65_HS1-834228961_62-HQ-83894_Serial_220
Agency: FBI
Page 6
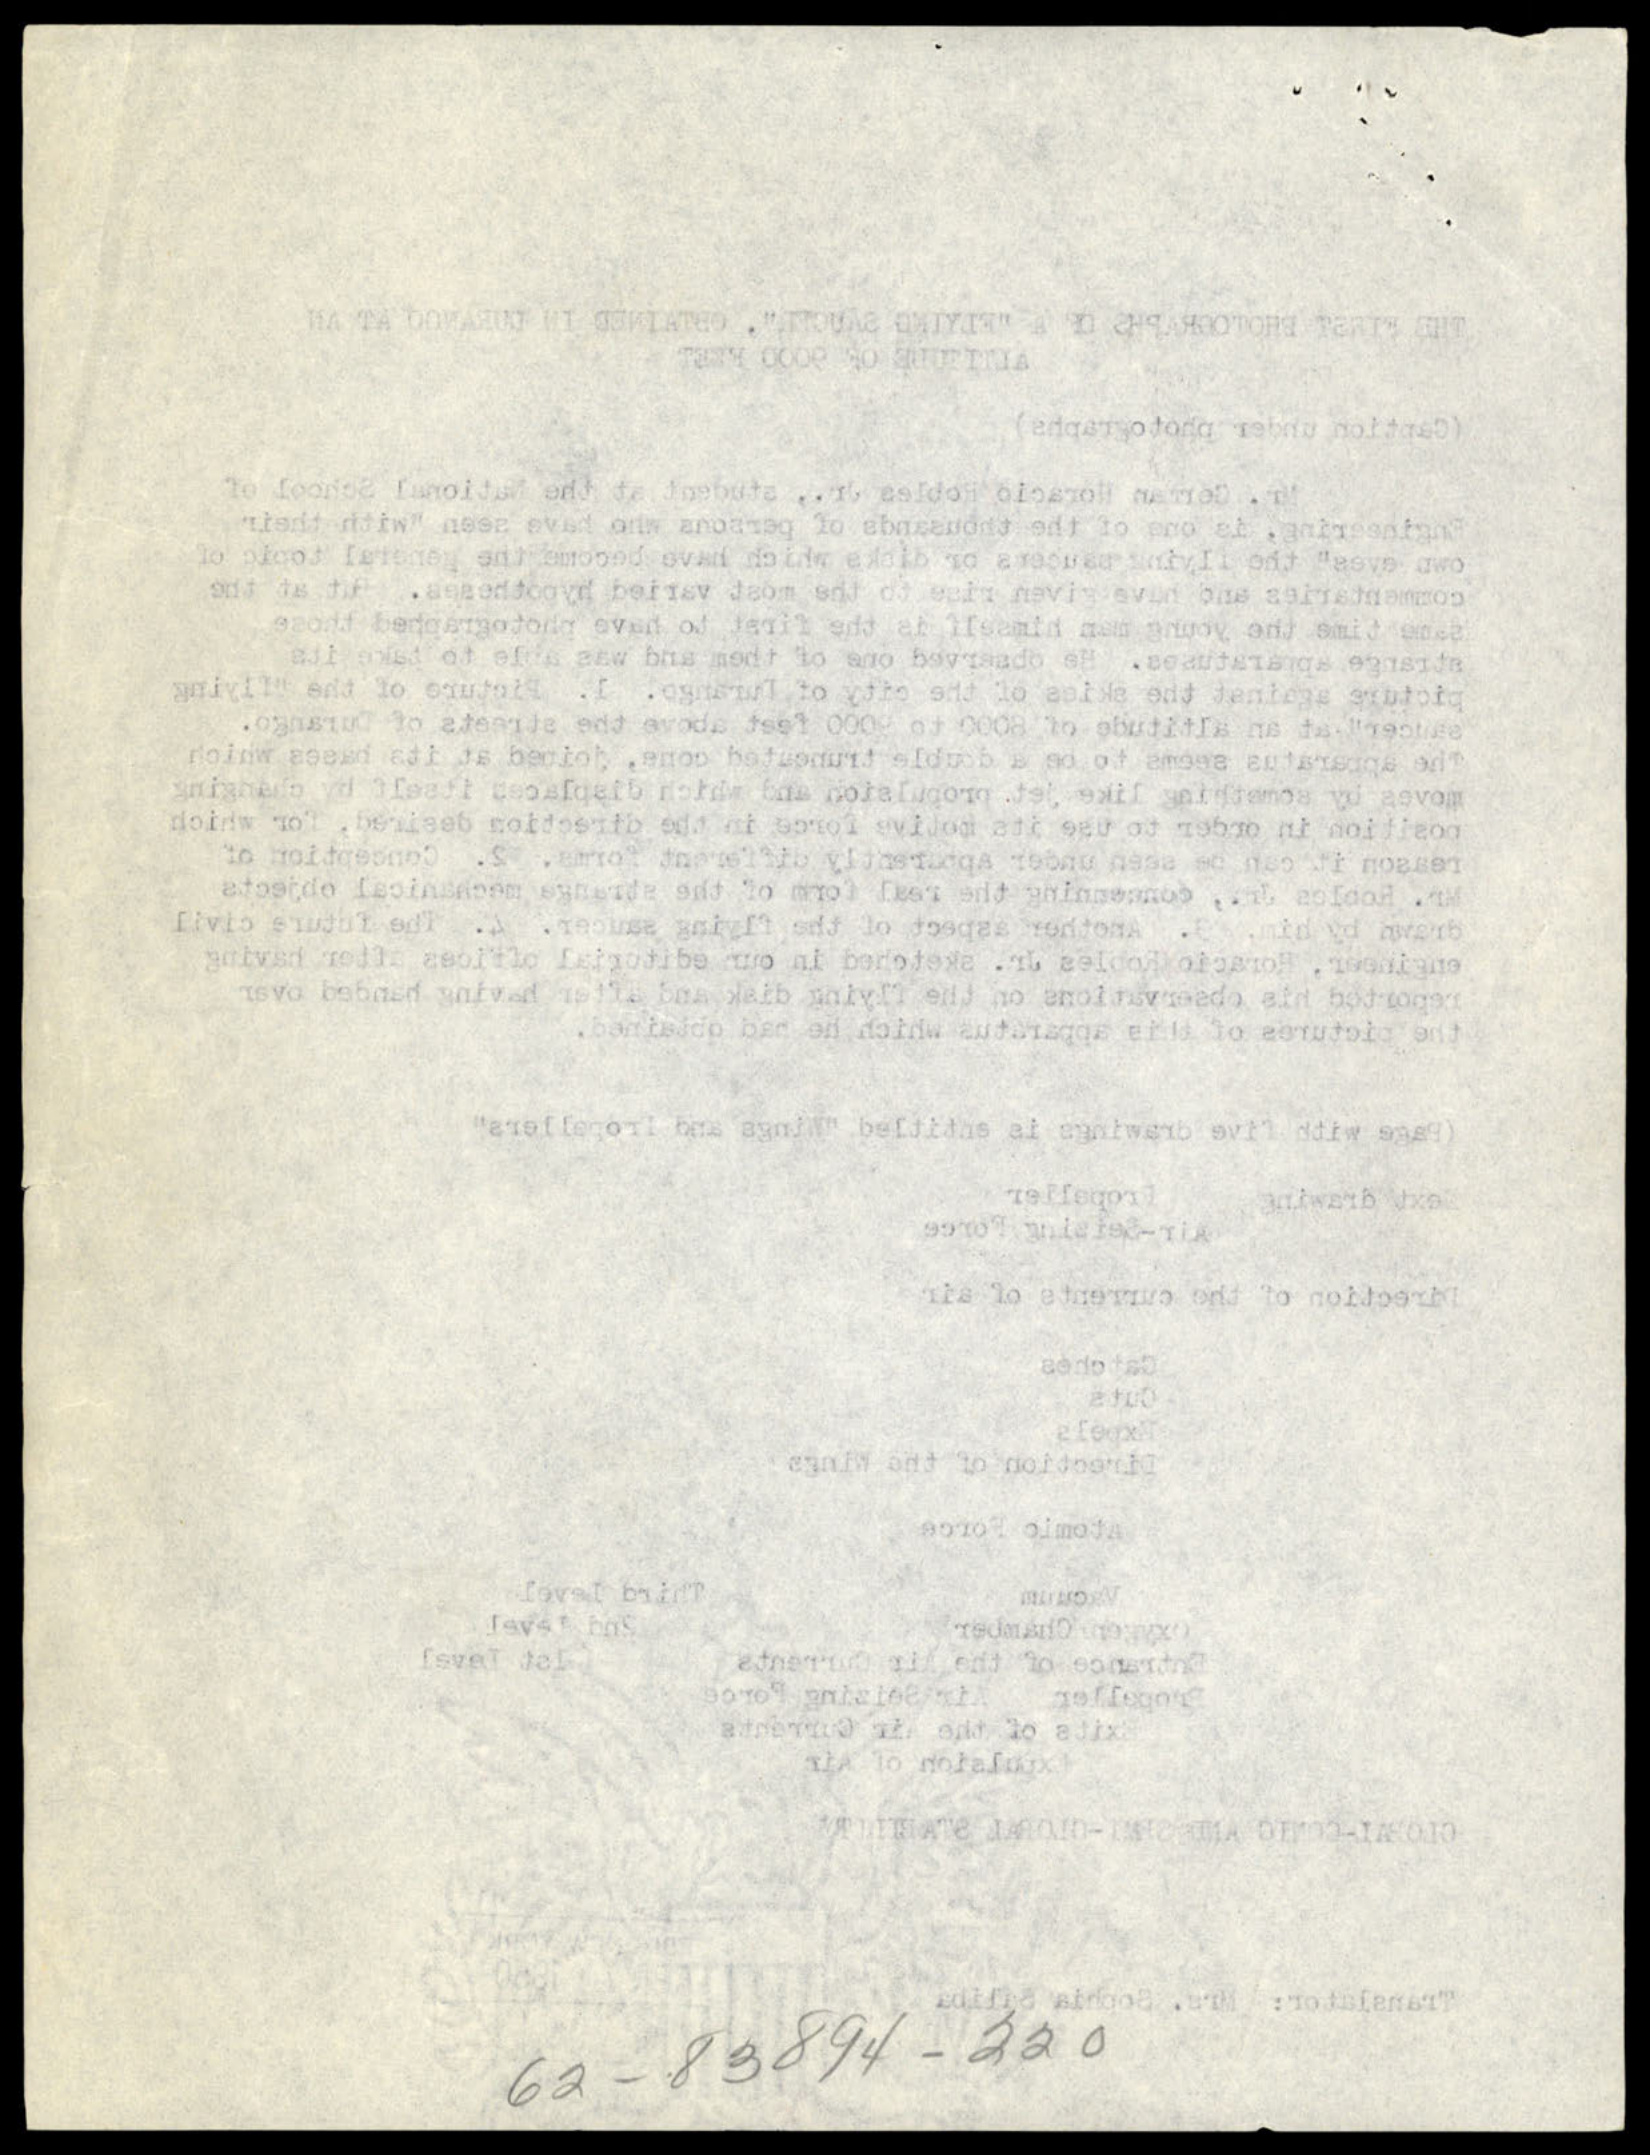